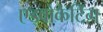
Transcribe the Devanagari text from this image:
एड्वोकेटिंग